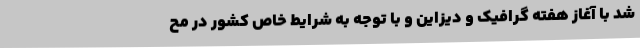
شد با آغاز هفته گرافیک و دیزاین و با توجه به شرایط خاص کشور در مح